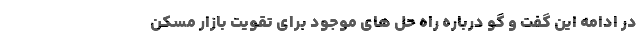
در ادامه این گفت و گو درباره راه حل های موجود برای تقویت بازار مسکن